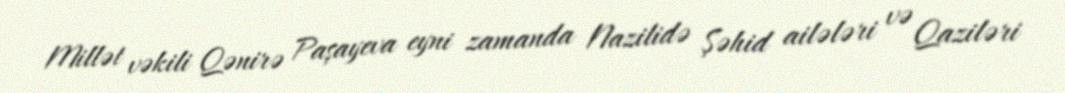
Millət vəkili Qənirə Paşayeva eyni zamanda Nazilidə Şəhid ailələri və Qaziləri